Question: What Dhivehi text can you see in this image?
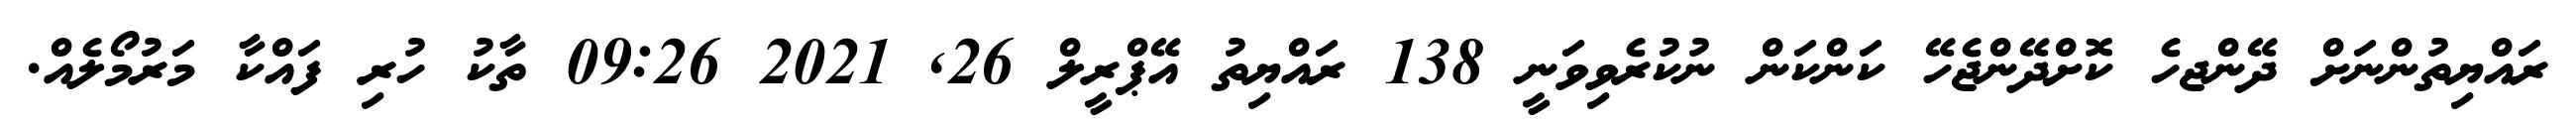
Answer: ރައްޔިތުންނަށް ދޭންޖހެ ކޮށްދޭންޖެހޭ ކަންކަން ނުކުރެވިވަނީ 138 ރައްޔިތު އޭޕްރީލް 26, 2021 09:26 ތާކު ހުރި ފައްކާ މަރުމޯލެއް.